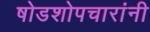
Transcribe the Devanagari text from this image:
षोडशोपचारांनी